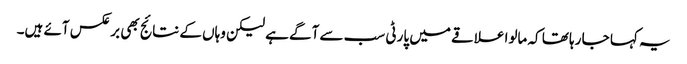
یہ کہا جا رہا تھا کہ مالوا علاقے میں پارٹی سب سے آگے ہے لیکن وہاں کے نتائج بھی برعکس آئے ہیں۔